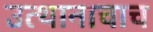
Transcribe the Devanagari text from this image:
उत्थानाचाच